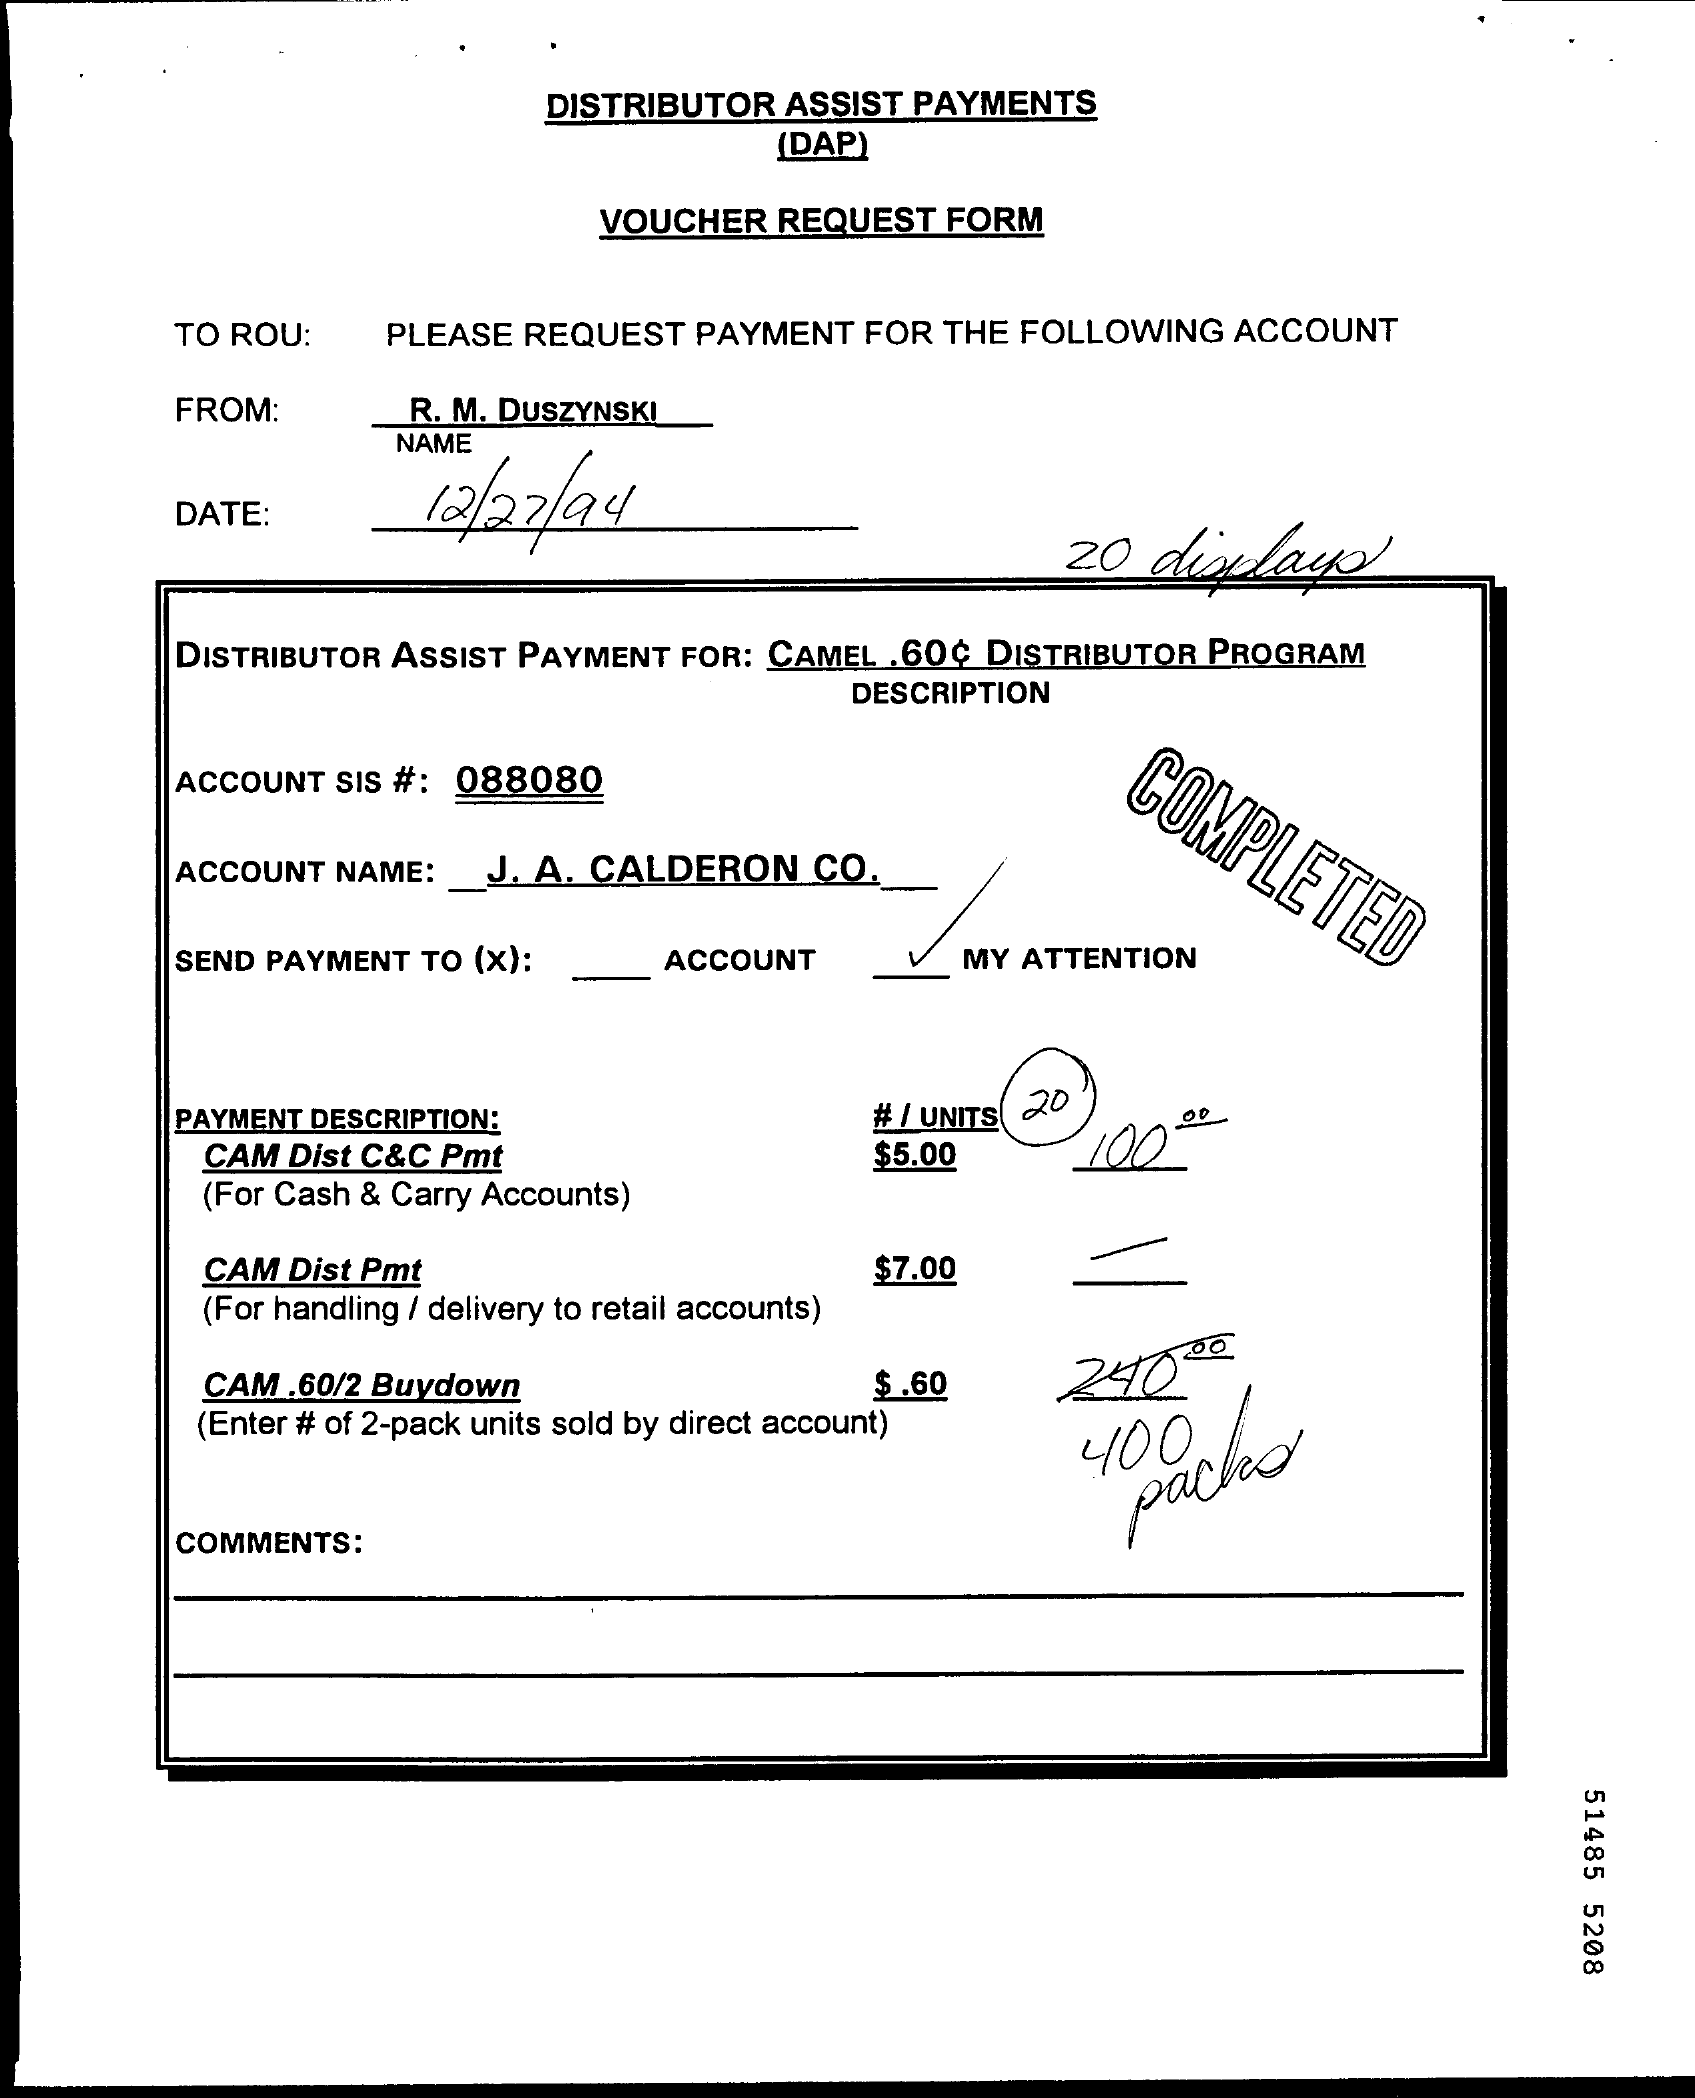
DISTRIBUTOR ASSIST PAYMENTS
     (DAP)
     VOUCHER REQUEST FORM
     TO ROU:  PLEASE REQUEST PAYMENT FOR THE FOLLOWING ACCOUNT
     FROM:    R. M. DUSZYNSKI
     NAME
     DATE:    12/27/94
     20 displays
     DISTRIBUTOR ASSIST PAYMENT FOR: CAMEL .60¢ DISTRIBUTOR PROGRAM
     DESCRIPTION
     ACCOUNT SIS #: 088080
     COMPLETED ACCOUNT NAME: J. A. CALDERON CO.
     SEND PAYMENT TO (x):   ACCOUNT    MY ATTENTION
     PAYMENT DESCRIPTION:    # / UNITS 20
     CAM Dist C&C Pmt    $5.00    100"
     (For Cash & Carry Accounts)
     CAM Dist Pmt    $7.00
     (For handling / delivery to retail accounts)
     CAM .60/2 Buydown    $.60    24000
     (Enter # of 2-pack units sold by direct account) 400
     pacho
     COMMENTS:
     51485
     5208